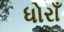
ધોરાઁ